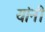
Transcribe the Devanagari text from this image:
यांनी